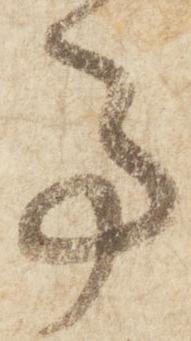
事